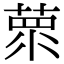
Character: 𦵺